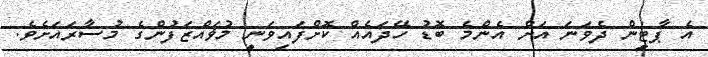
އެ ޕާޓީން ދެވަނަ އަށް އެންމެ ބޮޑު ހޭދައެއް ކޮށްފައިވަނީ މުޥައްޒަފުންގެ މުސާރައަށެވެ.